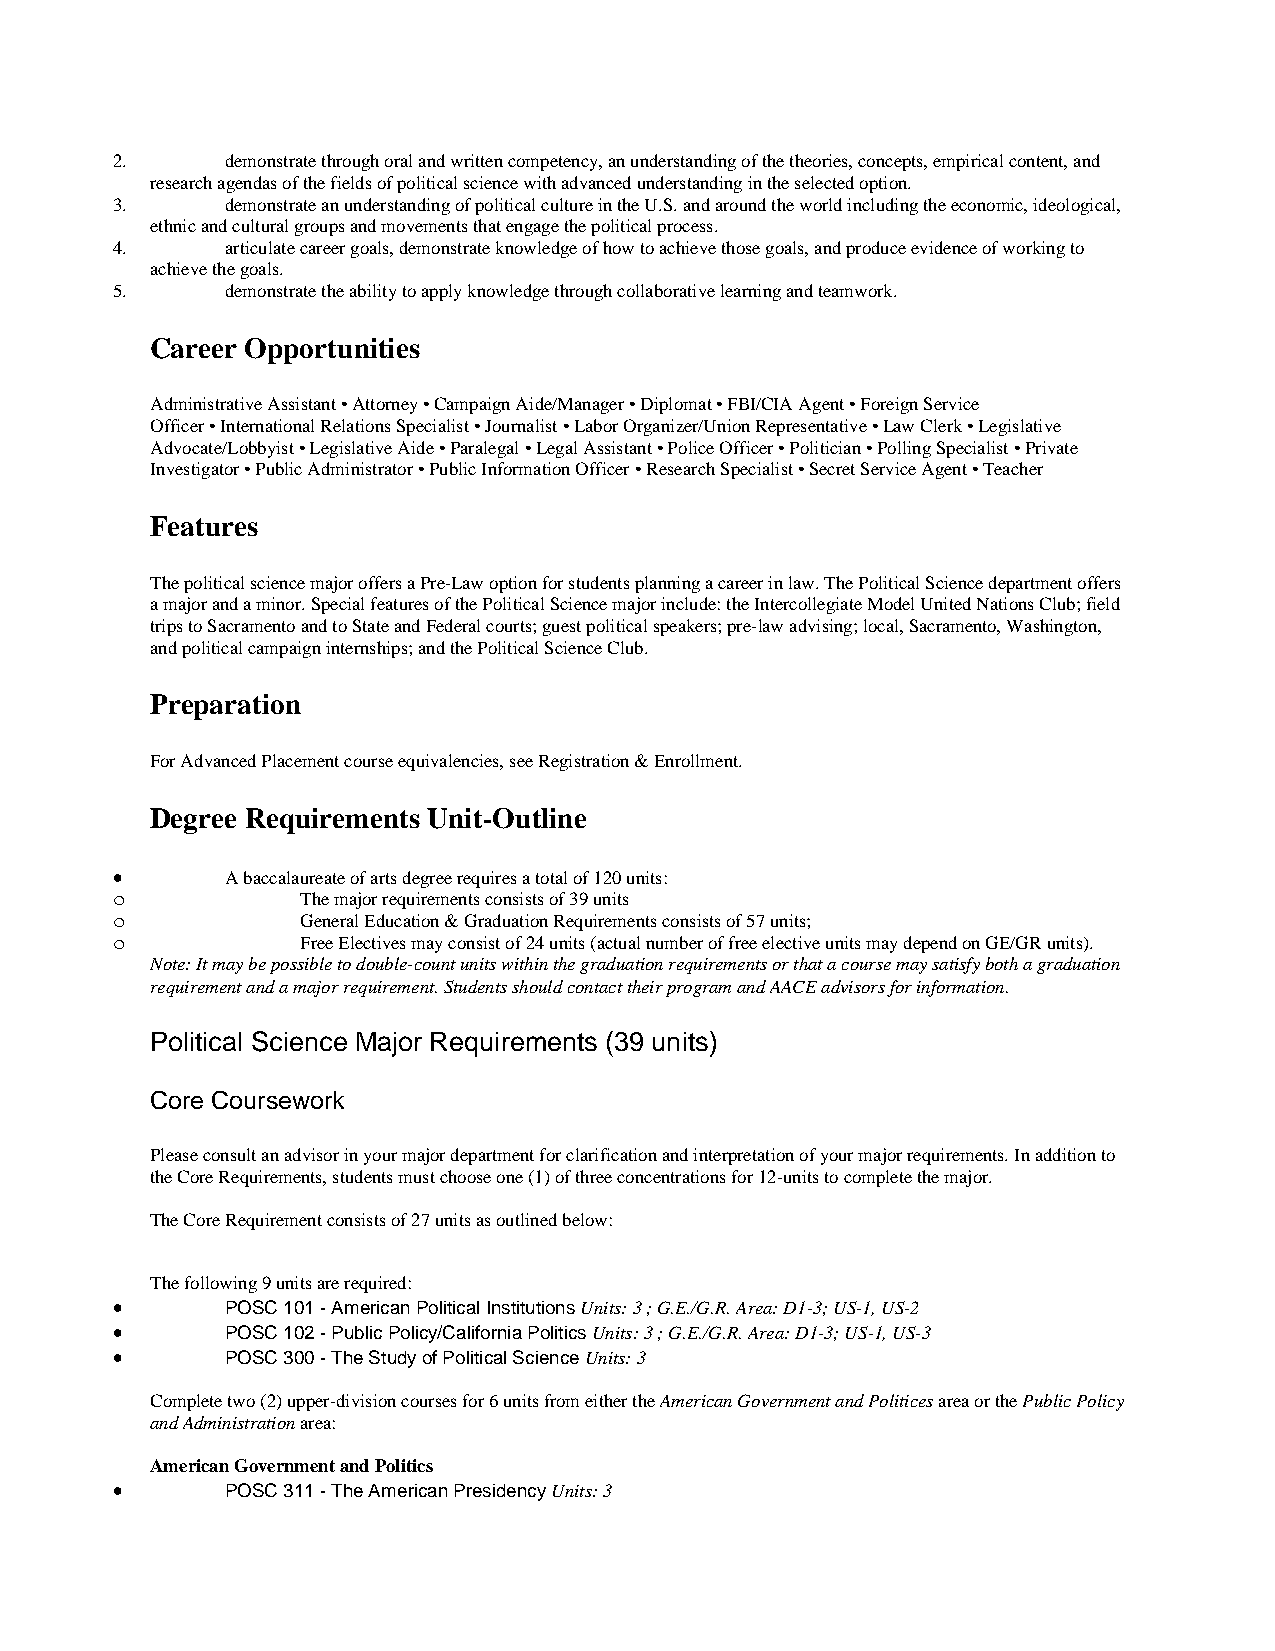
2.      demonstrate through oral and written competency, an understanding of the theories, concepts, empirical content, and
 research agendas of the fields of political science with advanced understanding in the selected option.
 3.      demonstrate an understanding of political culture in the U.S. and around the world including the economic, ideological,
 ethnic and cultural groups and movements that engage the political process.
 4.      articulate career goals, demonstrate knowledge of how to achieve those goals, and produce evidence of working to
 achieve the goals.
 5.      demonstrate the ability to apply knowledge through collaborative learning and teamwork.
 Career Opportunities
 Administrative Assistant • Attorney • Campaign Aide/Manager • Diplomat • FBI/CIA Agent • Foreign Service
 Officer • International Relations Specialist • Journalist • Labor Organizer/Union Representative • Law Clerk • Legislative
 Advocate/Lobbyist • Legislative Aide • Paralegal • Legal Assistant • Police Officer • Politician • Polling Specialist • Private
 Investigator • Public Administrator • Public Information Officer • Research Specialist • Secret Service Agent • Teacher
 Features
 The political science major offers a Pre-Law option for students planning a career in law. The Political Science department offers
 a major and a minor. Special features of the Political Science major include: the Intercollegiate Model United Nations Club; field
 trips to Sacramento and to State and Federal courts; guest political speakers; pre-law advising; local, Sacramento, Washington,
 and political campaign internships; and the Political Science Club.
 Preparation
 For Advanced Placement course equivalencies, see Registration & Enrollment.
 Degree Requirements Unit-Outline
 •       A baccalaureate of arts degree requires a total of 120 units:
 o            The major requirements consists of 39 units
 o            General Education & Graduation Requirements consists of 57 units;
 o            Free Electives may consist of 24 units (actual number of free elective units may depend on GE/GR units).
 Note: It may be possible to double-count units within the graduation requirements or that a course may satisfy both a graduation
 requirement and a major requirement. Students should contact their program and AACE advisors for information.
 Political Science Major Requirements (39 units)
 Core Coursework
 Please consult an advisor in your major department for clarification and interpretation of your major requirements. In addition to
 the Core Requirements, students must choose one (1) of three concentrations for 12-units to complete the major.
 The Core Requirement consists of 27 units as outlined below:
 The following 9 units are required:
 •       POSC 101 - American Political Institutions Units: 3 ; G.E./G.R. Area: D1-3; US-1, US-2
 •       POSC 102 - Public Policy/California Politics Units: 3 ; G.E./G.R. Area: D1-3; US-1, US-3
 •       POSC 300 - The Study of Political Science Units: 3
 Complete two (2) upper-division courses for 6 units from either the American Government and Politices area or the Public Policy
 and Administration area:
 American Government and Politics
 •       POSC 311 - The American Presidency Units: 3